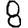
Digit: 8